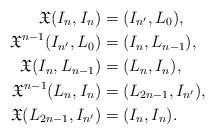
LaTeX: \begin{align*}\mathfrak{X}(I_n, I_n)&=(I_{n^{\prime}}, L_0),\\\mathfrak{X}^{n-1}(I_{n^{\prime}}, L_0)&=(I_{n}, L_{n-1}),\\\mathfrak{X}(I_{n}, L_{n-1})&=(L_{n}, I_{n}),\\\mathfrak{X}^{n-1}(L_{n}, I_{n})&=(L_{2n-1}, I_{n^{\prime}}),\\\mathfrak{X}(L_{2n-1}, I_{n^{\prime}})&=(I_{n}, I_{n}).\end{align*}